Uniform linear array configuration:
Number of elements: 32
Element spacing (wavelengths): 0.25
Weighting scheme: binomial
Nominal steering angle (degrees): -30
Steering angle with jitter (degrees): -30.351
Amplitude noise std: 0.05
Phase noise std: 0.05

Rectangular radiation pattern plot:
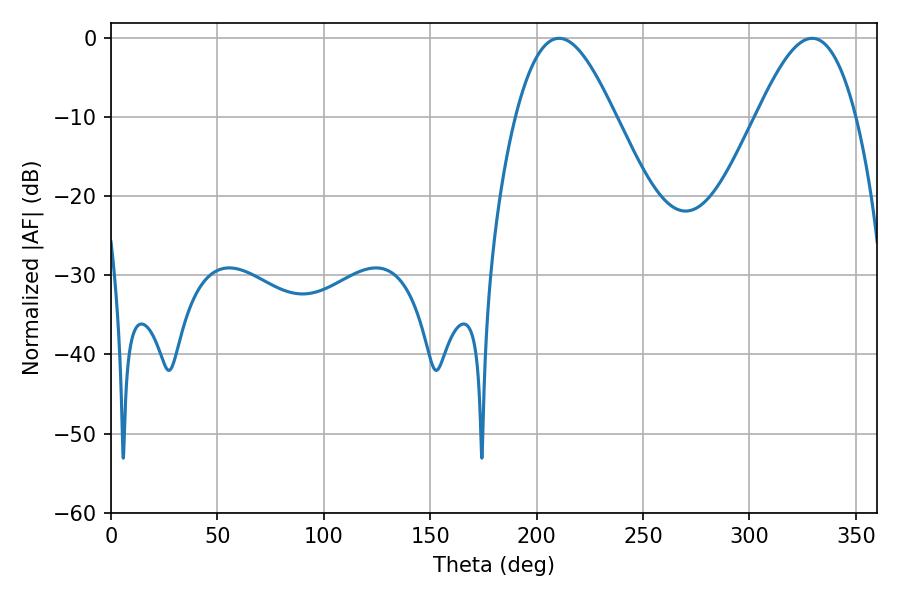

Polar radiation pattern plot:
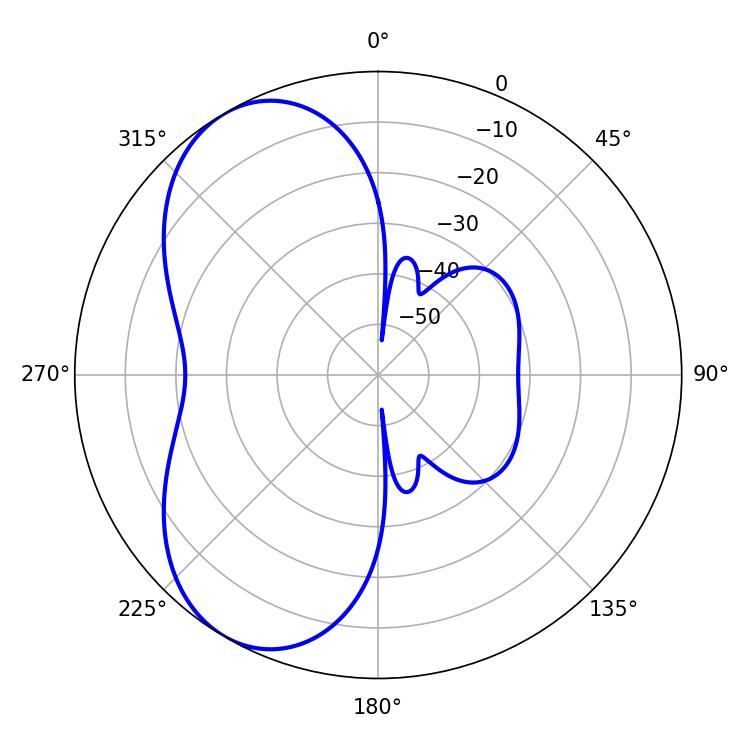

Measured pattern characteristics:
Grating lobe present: FALSE
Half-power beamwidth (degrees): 25.2
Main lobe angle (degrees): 210.6